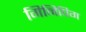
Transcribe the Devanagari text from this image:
गिनिपिग